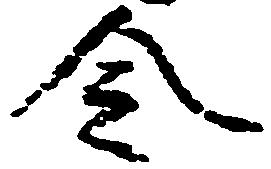
令